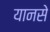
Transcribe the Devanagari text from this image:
यानसे